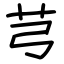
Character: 芎